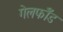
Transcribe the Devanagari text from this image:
गेलफॉँड